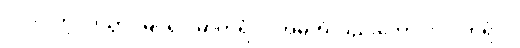
ပုဂ္ဂိုလ်ကို။ ဒိသွာ၊ မြင်၍။ မာတရံဝါ၊ အမိကိုလည်းကောင်း။ ပိတရံဝါ၊